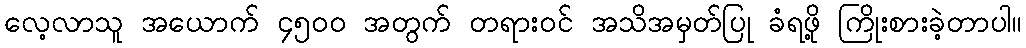
လေ့လာသူ အယောက် ၄၅၀၀ အတွက် တရားဝင် အသိအမှတ်ပြု ခံရဖို့ ကြိုးစားခဲ့တာပါ။